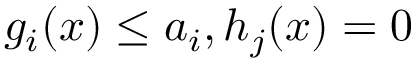
g _ { i } ( x ) \leq a _ { i } , h _ { j } ( x ) = 0